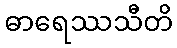
ဓာရေဿသီတိ